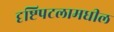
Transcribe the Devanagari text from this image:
दृष्टिपटलामधील